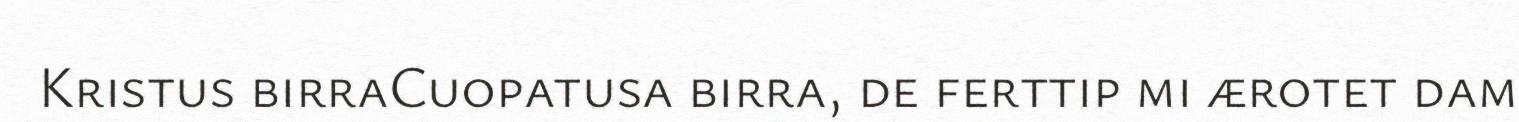
Kristus birraCuopatusa birra, de ferttip mi ærotet dam